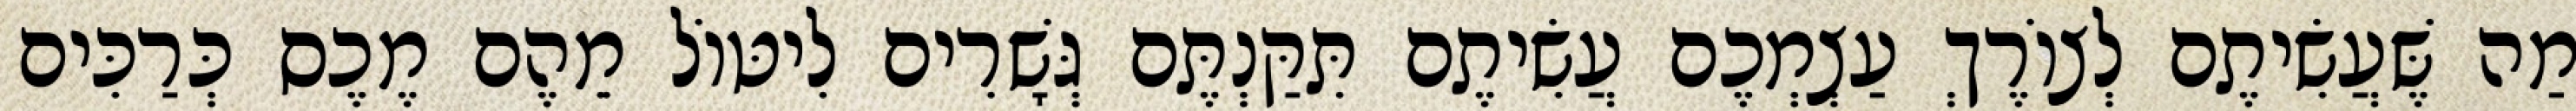
מַה שֶּׁעֲשִׂיתֶם לְצוֹרֶךְ עַצְמְכֶם עֲשִׂיתֶם תִּקַּנְתֶּם גְּשָׁרִים לִיטּוֹל מֵהֶם מֶכֶס כְּרַכִּים